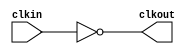
module bw_clk_cclk_inv_48x (
    clkout,
    clkin );

    output clkout;
    input  clkin;
 
    assign clkout = ~( clkin );

endmodule